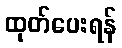
ထုတ်ပေးရန်